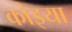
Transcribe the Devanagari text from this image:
कोइया